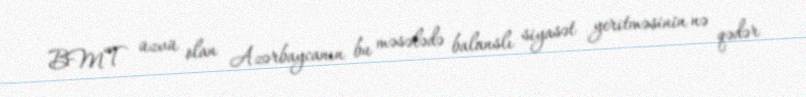
BMT üzvü olan Azərbaycanın bu məsələdə balanslı siyasət yeritməsinin nə qədər